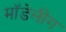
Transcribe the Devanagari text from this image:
मॉडेलींग